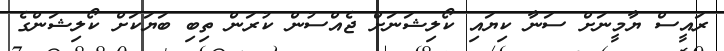
ރައީސް ޔާމީނަށް ސަނާ ކިޔައި ކޯލިޝަނަށް ޖެއްސުން ކުރަން ތިބި ބަޔަކަށް ކޯލިޝަންގެ